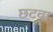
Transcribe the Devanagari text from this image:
छटवा